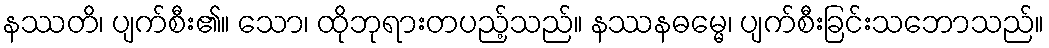
နဿတိ၊ ပျက်စီး၏။ သော၊ ထိုဘုရားတပည့်သည်။ နဿနဓမ္မေ၊ ပျက်စီးခြင်းသဘောသည်။